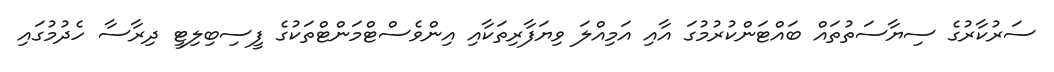
ސަރުކާރުގެ ސިޔާސަތުތައް ބައްޓަންކުރުމުގަ އާއި އަމިއްލަ ވިޔަފާރިތަކާއި އިންވެސްޓްމަންޓްތަކުގެ ފީސިބިލިޓީ ދިރާސާ ހެދުމުގައި